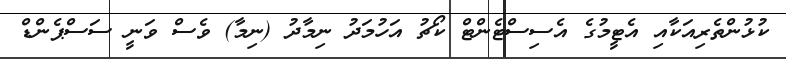
ކުޅުންތެރިއަކާއި އެޓީމުގެ އެސިސްޓެންޓް ކޯޗު އަހުމަދު ނިމާދު (ނިމާ) ވެސް ވަނީ ސަސްޕެންޑް